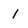
Character: i